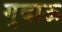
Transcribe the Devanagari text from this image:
गुदाऊ